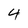
Character: 4